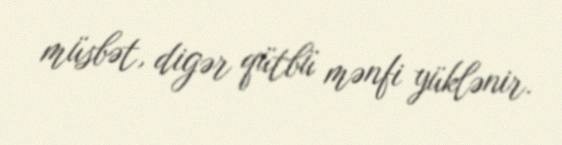
müsbət, digər qütbü mənfi yüklənir.